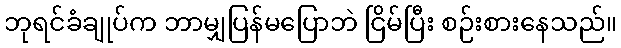
ဘုရင်ခံချုပ်က ဘာမျှပြန်မပြောဘဲ ငြိမ်ပြီး စဉ်းစားနေသည်။